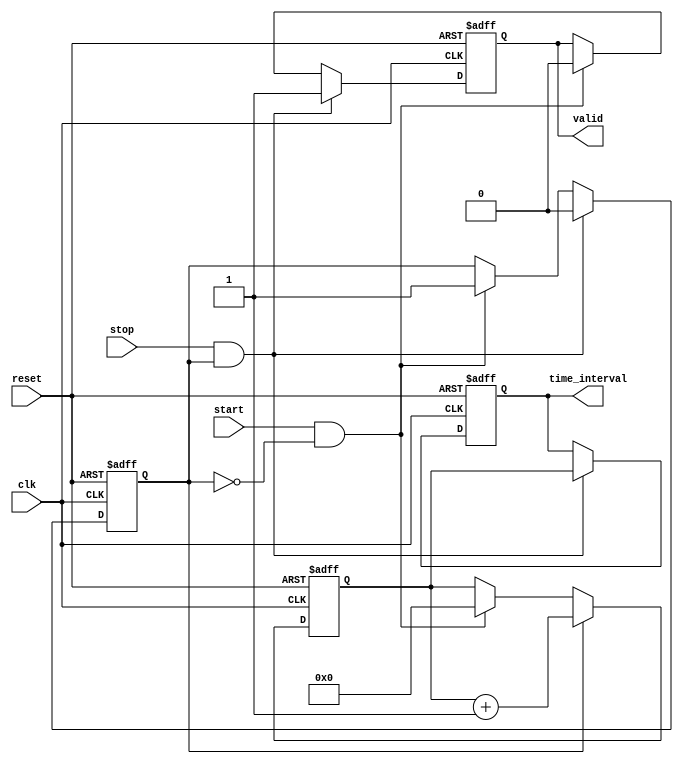
module TDC (
    input  wire       clk,          // Clock signal
    input  wire       reset,        // Reset signal
    input  wire       start,        // Start signal
    input  wire       stop,         // Stop signal
    output reg [15:0] time_interval, // Output time interval (16-bit)
    output reg       valid          // Output valid signal
);

    reg [15:0] counter;              // Counter to measure time
    reg        counting;              // Counting state indicator

    // Memory block to store time intervals
    reg [15:0] memory [0:15];         // Example memory with 16 locations
    reg [3:0]  write_ptr;             // Pointer for writing to memory

    // State machine for the TDC operation
    always @(posedge clk or posedge reset) begin
        if (reset) begin
            counter <= 16'd0;
            counting <= 1'b0;
            time_interval <= 16'd0;
            valid <= 1'b0;
            write_ptr <= 4'd0;
        end else begin
            if (start && !counting) begin
                // Initialize counter on START signal
                counter <= 16'd0;
                counting <= 1'b1;
                valid <= 1'b0; // Reset valid output on new measurement
            end
            
            if (counting) begin
                // Increment counter on each clock cycle
                counter <= counter + 16'd1;
            end
            
            if (stop && counting) begin
                // Capture time interval on STOP signal
                time_interval <= counter;
                memory[write_ptr] <= counter; // Store in memory
                write_ptr <= write_ptr + 4'd1; // Increment write pointer
                counting <= 1'b0; // Stop counting
                valid <= 1'b1;    // Set valid output
            end
        end
    end
endmodule